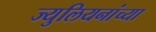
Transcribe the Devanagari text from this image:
ज्युलियनांच्या